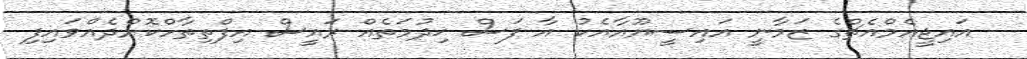
އައިޖީއެމްއެޗްގެ ޒަމާނީ އައިސީޔޫއާއެކު އާ ފަސް ޚިދުމަތެއް ރައީސް އިފްތިތާހްކޮށްދެއްވައިފި